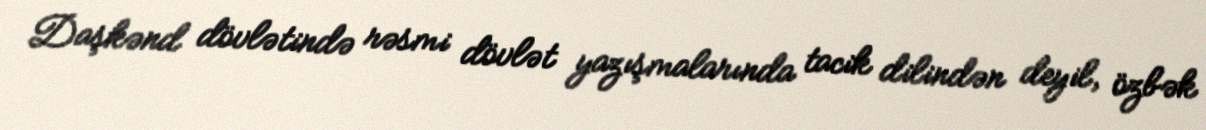
Daşkənd dövlətində rəsmi dövlət yazışmalarında tacik dilindən deyil, özbək